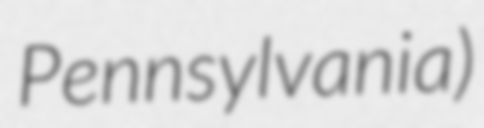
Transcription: Pennsylvania)